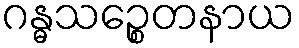
ဂန္ဓသဉ္စေတနာယ